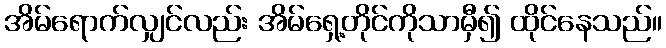
အိမ်ရောက်လျှင်လည်း အိမ်ရှေ့တိုင်ကိုသာမှီ၍ ထိုင်နေသည်။